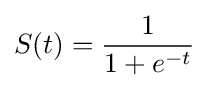
S(t)={\frac {1}{1+e^{-t}}}